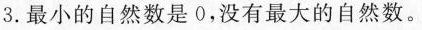
3.最小的自然数是0，没有最大的自然数。